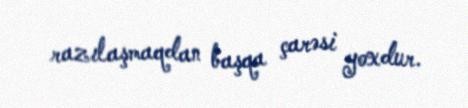
razılaşmaqdan başqa çarəsi yoxdur.